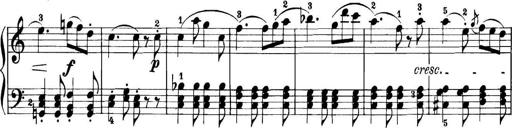
Title: 11 Sonatinas
Composer: Anton Diabelli